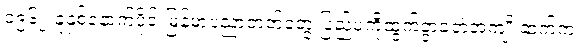
၁၉၆၂ ခုနှစ်နောက်ပိုင်းမြန်မာ့ပညာတတ်တွေ ပြည်ပကိုထွက်ခွာခဲ့တဲ့အကျိုးဆက်က